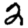
Digit: 2